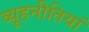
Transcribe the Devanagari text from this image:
व्यूहनीतियां